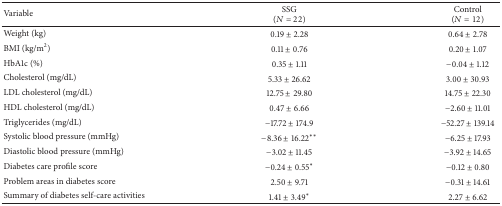
<table><thead><tr><td><b>Variable</b></td><td><b>SSG(<i>N</i> = 22)</b></td><td><b>Control(<i>N</i> = 12)</b></td></tr></thead><tbody><tr><td>Weight (kg)</td><td>0.19 ± 2.28</td><td>0.64 ± 2.78</td></tr><tr><td>BMI (kg/m<sup>2</sup>)</td><td>0.11 ± 0.76</td><td>0.20 ± 1.07</td></tr><tr><td>HbA1c (%) </td><td>0.35 ± 1.11</td><td>−0.04 ± 1.12</td></tr><tr><td>Cholesterol (mg/dL)</td><td>5.33 ± 26.62</td><td>3.00 ± 30.93</td></tr><tr><td>LDL cholesterol (mg/dL)</td><td>12.75 ± 29.80</td><td>14.75 ± 22.30</td></tr><tr><td>HDL cholesterol (mg/dL)</td><td>0.47 ± 6.66</td><td>−2.60 ± 11.01</td></tr><tr><td>Triglycerides (mg/dL)</td><td>−17.72 ± 174.9</td><td>−52.27 ± 139.14</td></tr><tr><td>Systolic blood pressure (mmHg) </td><td>−8.36 ± 16.22<sup><i>∗∗</i></sup></td><td>−6.25 ± 17.93</td></tr><tr><td>Diastolic blood pressure (mmHg)</td><td>−3.02 ± 11.45</td><td>−3.92 ± 14.65</td></tr><tr><td>Diabetes care profile score </td><td>−0.24 ± 0.55<sup><i>∗</i></sup></td><td>−0.12 ± 0.80</td></tr><tr><td>Problem areas in diabetes score</td><td>2.50 ± 9.71</td><td>−0.31 ± 14.61</td></tr><tr><td>Summary of diabetes self-care activities</td><td>1.41 ± 3.49<sup><i>∗</i></sup></td><td>2.27 ± 6.62</td></tr></tbody></table>